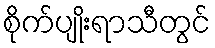
စိုက်ပျိုးရာသီတွင်